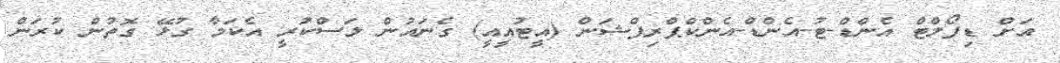
އަށް ޑިފޯލްޓް އެންޑް-ޓު-އެންޑް-އެންކްޕްރިޕްޝަން (އީޓުއީއީ) ގެނައުން ލަސްކުރީ އެކަމާ ގުޅޭ ގޮތުން ކުރަން